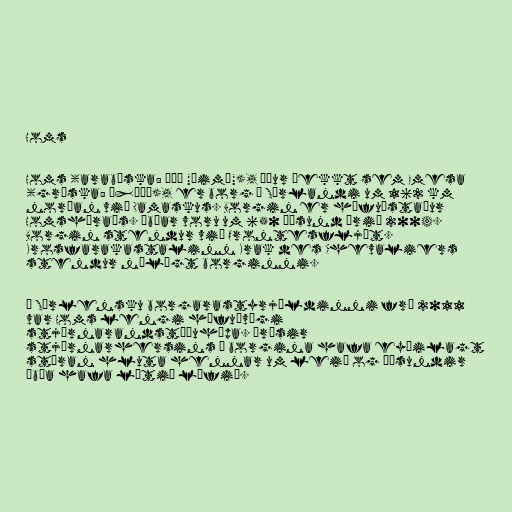
Homs

Homs (arabíska: حمص‎ "Ḥimṣ"), áður þekkt sem Emesa
(gríska: Ἔμεσα), er borg í Sýrlandi um 162 km
norðan við Damaskus. Borgin er höfuðstaður
Homshéraðs. Íbúar voru um 650 þúsund árið 2004.
Borgin stendur við Orontesfljót.
Krosfarakastalinn Krak des Chevaliers
stendur nálægt borginni.

Í Sýrlensku borgarastyrjöldinni frá 2011
var Homs lengi höfuðvígi
stjórnarandstöðuhópa. Árásir
stjórnarhersins á borgina hafa eyðilagt
stóran hluta hennar um leið og þúsundir
íbúa hafa látið lífið.